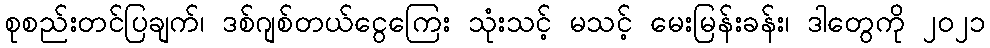
စုစည်းတင်ပြချက်၊ ဒစ်ဂျစ်တယ်ငွေကြေး သုံးသင့် မသင့် မေးမြန်းခန်း၊ ဒါတွေကို ၂၀၂၁